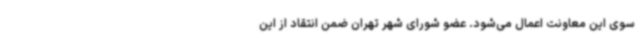
سوی این معاونت اعمال می‌شود. عضو شورای شهر تهران ضمن انتقاد از این